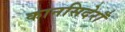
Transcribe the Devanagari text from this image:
कानसिदेराँ